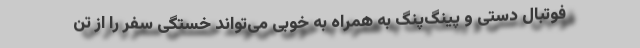
فوتبال دستی و پینگ‌پنگ به همراه به خوبی می‌تواند خستگی سفر را از تن